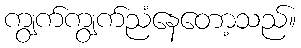
ကျွက်ကျွက်ညံနေတော့သည်။